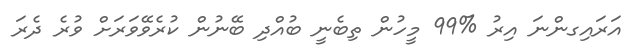
އަރައިގންނަ އިރު %99 މީހުން ތިބެނީ ބުއްދި ބޭނުން ކުރެވޭވަރަށް ވުރެ ދެރަ